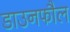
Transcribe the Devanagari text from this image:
डाउनफौल